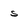
Character: s